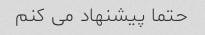
حتما پیشنهاد می کنم